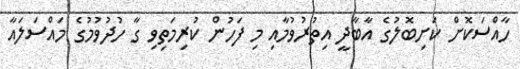
ހާއްސަކޮށް ކަށިބޮލުގެ އާބާދީ އިތުރުވުމާއި މި ފަހުން ކުރިމަތިވި ގާ ހުދުވުމުގެ މައްސަލައާ